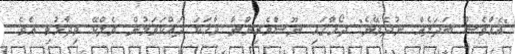
"އެއްވެސް ބަދަލެއް ނުދެވޭނެ" ދޯހާގައި ނޫސްވެރިންނާ ވާހަކަ ދައްކަވަމުން ވެލްކޭ ވިދާޅުވި އެވެ.